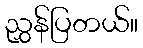
ညွှန်ပြတယ်။